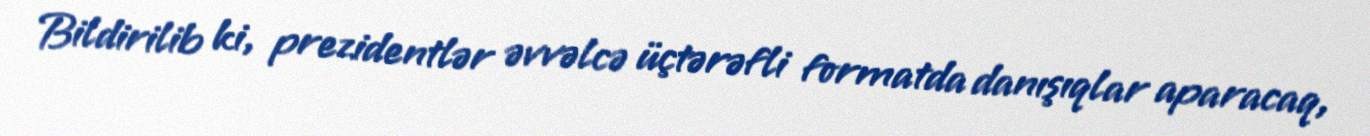
Bildirilib ki, prezidentlər əvvəlcə üçtərəfli formatda danışıqlar aparacaq,